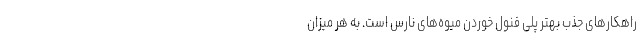
راهکار‌های جذب بهتر پلی فنول خوردن میوه‌های نارس است. به هر میزان